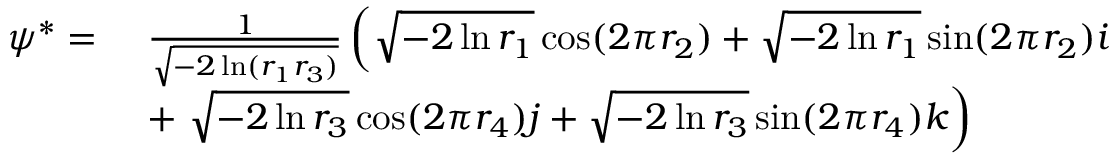
\begin{array} { r l } { \boldsymbol { \psi } ^ { * } = \ } & { \frac { 1 } { \sqrt { - 2 \ln ( r _ { 1 } r _ { 3 } ) } } \left( \sqrt { - 2 \ln r _ { 1 } } \cos ( 2 \pi r _ { 2 } ) + \sqrt { - 2 \ln r _ { 1 } } \sin ( 2 \pi r _ { 2 } ) \boldsymbol { i } \right. } \\ & { + \left. \sqrt { - 2 \ln r _ { 3 } } \cos ( 2 \pi r _ { 4 } ) \boldsymbol { j } + \sqrt { - 2 \ln r _ { 3 } } \sin ( 2 \pi r _ { 4 } ) \boldsymbol { k } \right) } \end{array}